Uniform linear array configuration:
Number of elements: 64
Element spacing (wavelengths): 1
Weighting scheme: exponential
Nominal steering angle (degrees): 30
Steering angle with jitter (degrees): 31.238
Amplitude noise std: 0.05
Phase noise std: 0.05

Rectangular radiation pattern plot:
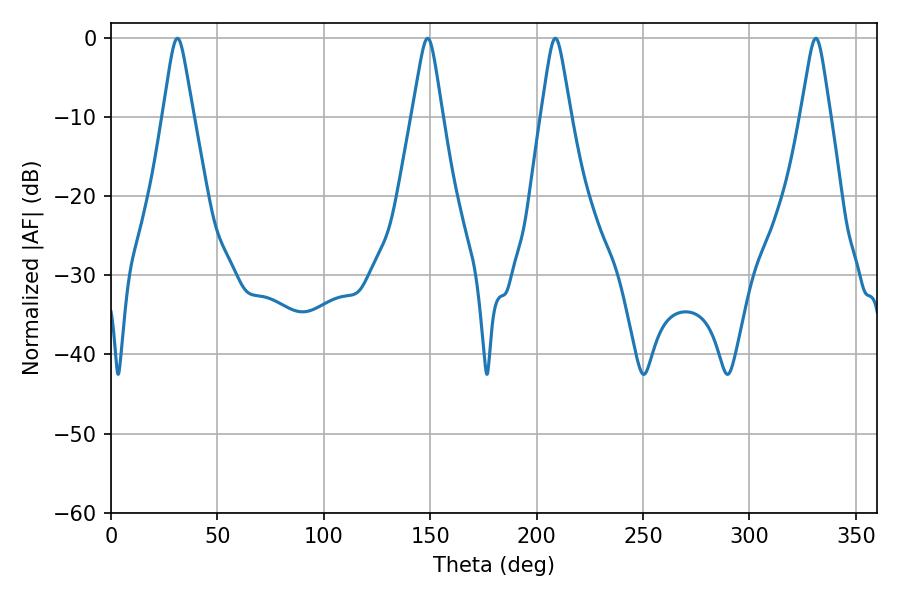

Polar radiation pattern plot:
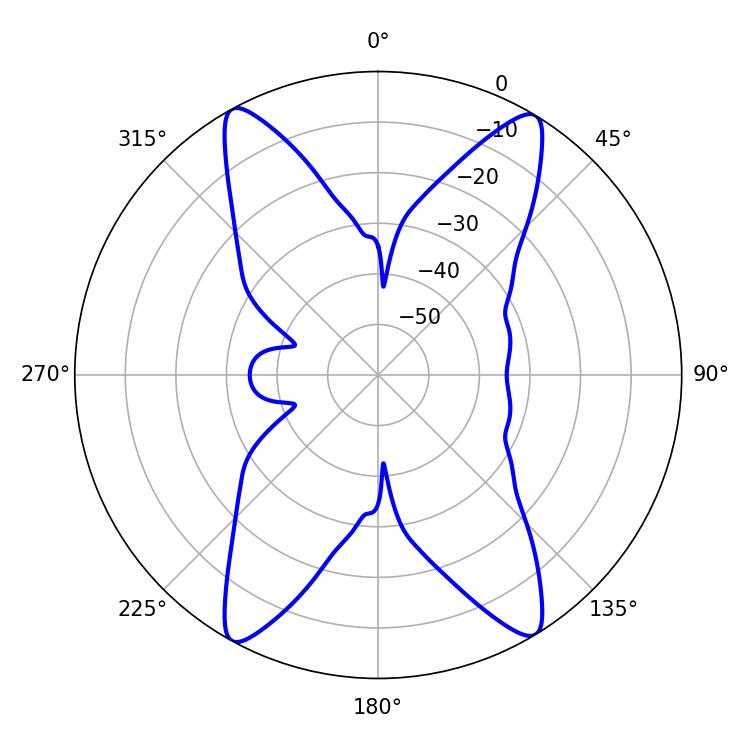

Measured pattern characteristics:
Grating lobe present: TRUE
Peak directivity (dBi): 21.855
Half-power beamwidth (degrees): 6.48
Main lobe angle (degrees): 208.8